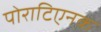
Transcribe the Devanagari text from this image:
पोराटिएनक